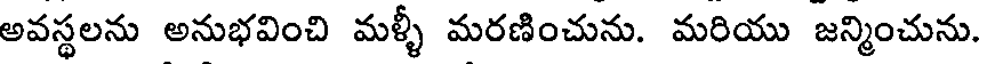
అవస్థలను అనుభవించి మళ్ళీ మరణించును. మరియు జన్మించును.